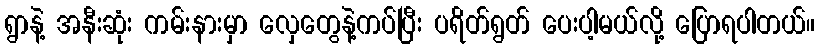
ရွာနဲ့ အနီးဆုံး ကမ်းနားမှာ လှေတွေနဲ့ကပ်ပြီး ပရိတ်ရွတ် ပေးပါ့မယ်လို့ ပြောရပါတယ်။